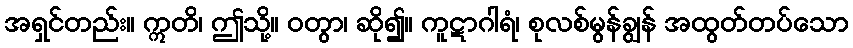
အရှင်တည်း။ ဣတိ၊ ဤသို့။ ဝတွာ၊ ဆို၍။ ကူဋာဂါရံ၊ စုလစ်မွန်ချွန် အထွတ်တပ်သော